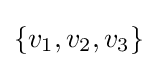
\{v_{1},v_{2},v_{3}\}